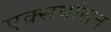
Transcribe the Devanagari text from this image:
एक्सपांसन